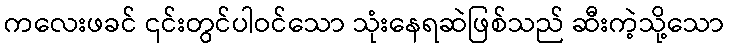
ကလေးဖခင် ၎င်းတွင်ပါဝင်သော သုံးနေရဆဲဖြစ်သည် ဆီးကဲ့သို့သော